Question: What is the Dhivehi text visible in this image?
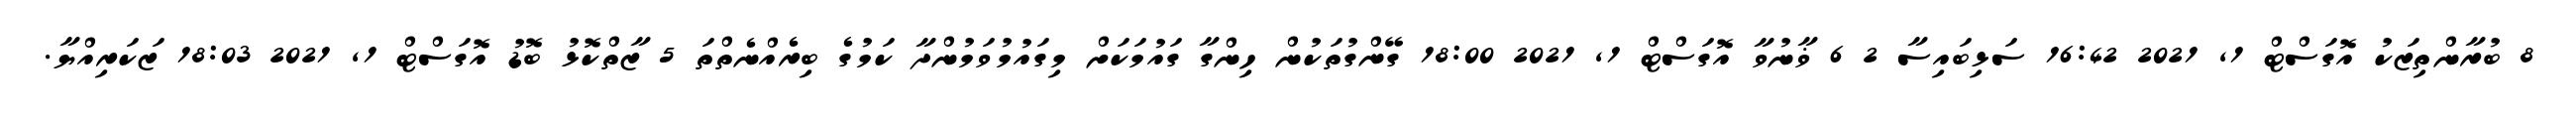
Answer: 8 ބުރާންތިޒަކު އޮގަސްޓް 1, 2021 16:42 ސަޅިބައިސާ 2 6 ޥާނުވާ އޮގަސްޓް 1, 2021 18:00 ގޭންގުތަކުން ހިންގާ ގައުމަކަށް މިގައުމުވަމުންދާ ކަމުގެ ބިރެއްނެތްތަ 5 ޒާތްކޮޅު ބޮޑު އޮގަސްޓް 1, 2021 18:03 ޒަކަރިއްޔާ.